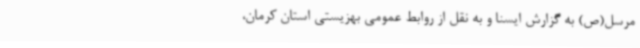
مرسل(ص) به گزارش ایسنا و به نقل از روابط عمومی بهزیستی استان کرمان،